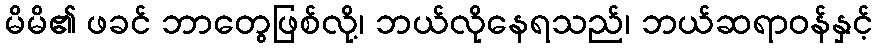
မိမိ၏ ဖခင် ဘာတွေဖြစ်လို့၊ ဘယ်လိုနေရသည်၊ ဘယ်ဆရာဝန်နှင့်